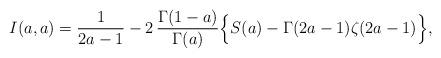
LaTeX: \begin{align*}I(a,a)=\frac{1}{2a-1}-2\,\frac{\Gamma(1-a)}{\Gamma(a)}\Big\{S(a)-\Gamma(2 a-1)\zeta(2 a-1)\Big\},\end{align*}